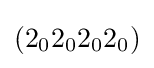
(2_{0}2_{0}2_{0}2_{0})